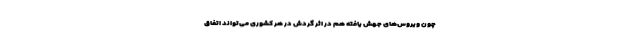
چون ویروس‌های جهش یافته هم در اثر گردش در هر کشوری می‌تواند اتفاق